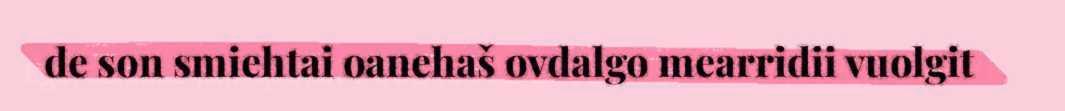
de son smiehtai oanehaš ovdalgo mearridii vuolgit